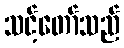
သင့်တော်သည်